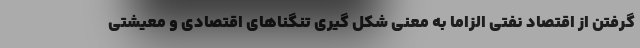
گرفتن از اقتصاد نفتی الزاما به معنی شکل گیری تنگناهای اقتصادی و معیشتی